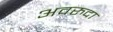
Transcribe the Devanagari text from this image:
अवरुदा